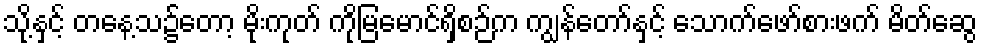
သို့နှင့် တနေ့သ၌တော့ မိုးကုတ် ကိုမြမောင်ရှိစဉ်က ကျွန်တော်နှင့် သောက်ဖော်စားဖက် မိတ်ဆွေ